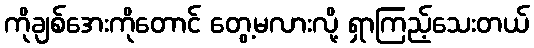
ကိုချစ်အေးကိုတောင် တွေ့မလားလို့ ရှာကြည့်သေးတယ်